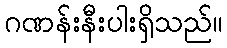
ဂဏန်းနီးပါးရှိသည်။